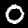
Digit: 0